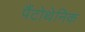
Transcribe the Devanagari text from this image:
पैंटोथेनिक